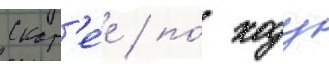
Скор'е́е / по́ ходу